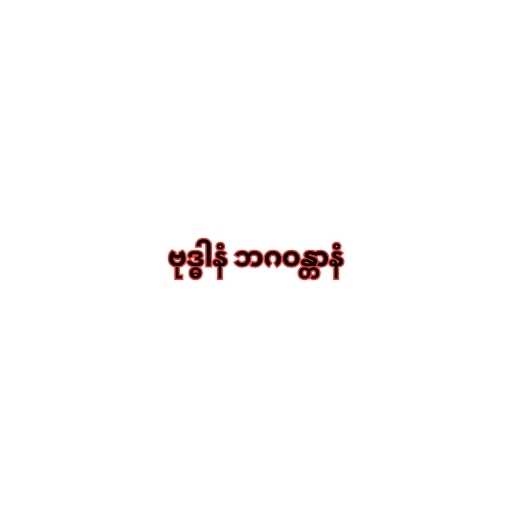
ဗုဒ္ဓါနံ ဘဂဝန္တာနံ